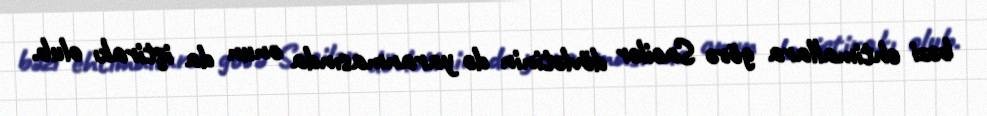
bəzi ehtimallara görə Sacilər dövlətinin də yaranmasında onun da iştirakı olub.